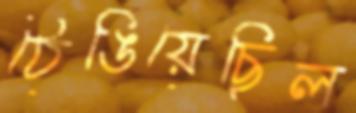
ঠেঙিয়েছিল